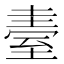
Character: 𦥂